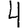
Digit: 4